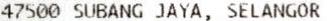
47500 SUBANG JAYA, SELANGOR